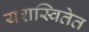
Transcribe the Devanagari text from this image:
यशस्वितेत